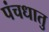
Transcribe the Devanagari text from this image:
पंचधातु